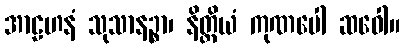
အာဠဟနံ သုသာနဉ္စာ၊ နိတ္ထိယံ ကုဏပေါ ဆဝေါ။